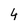
Character: 4